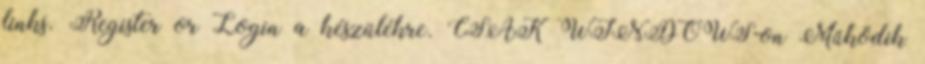
links. Register or Login a készülékre. CSAK WINDOWS-on Működik